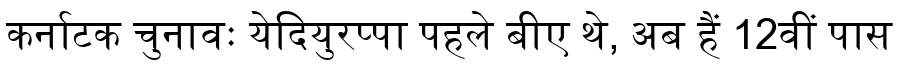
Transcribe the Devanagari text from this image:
कर्नाटक चुनावः येदियुरप्पा पहले बीए थे, अब हैं 12वीं पास